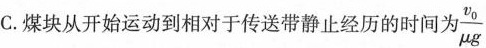
C.煤块从开始运动到相对于传送带静止经历的时间为 $$\frac{v_{0}}{\mu g}$$